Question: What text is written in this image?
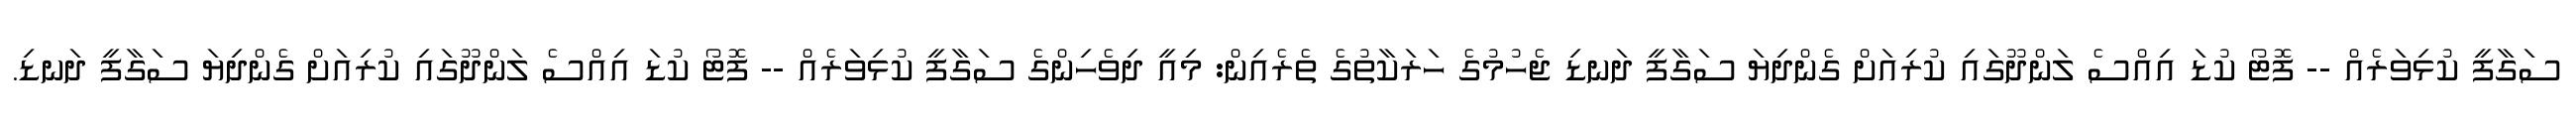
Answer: ސަގާފީ ކުޅިވަރެއް -- ފޮޓޯ ކުޑަ އިއްސެ ލަންދޫގައި ކުރިއަށް ގެންދިޔަ ސަގާފީ ދަނޑި ޖެހުމުގެ ހަރަކާތުގެ ތެރެއިން: މިއީ ދިވެހިންގެ ސަގާފީ ކުޅިވަރެއް -- ފޮޓޯ ކުޑަ އިއްސެ ލަންދޫގައި ކުރިއަށް ގެންދިޔަ ސަގާފީ ދަނޑި.